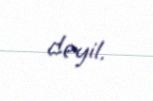
deyil.